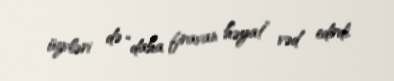
üzvləri də “daha firavan həyat” vəd edirdi.